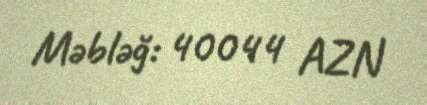
Məbləğ: 40044 AZN